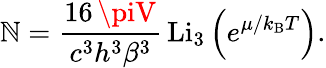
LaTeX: \mathbb{N}={\frac{{16\, \piV}}{{c^{3}h^{3}\beta^{3}}}}\, \mathrm{{Li}}_{3}\left(e^{\mu/k_{\mathrm{{{B}}}}T}\right).